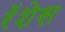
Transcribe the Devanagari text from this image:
रॅशेस